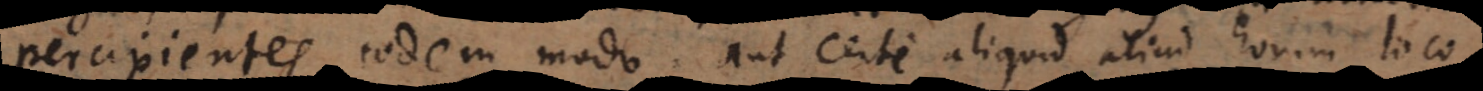
percipientes eodem modo; aut certe aliquid aliud horum loco,